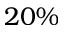
2 0 \%